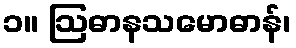
၁။ ဩဓာနသမောဓာန်၊